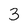
Character: 3